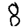
Digit: 8